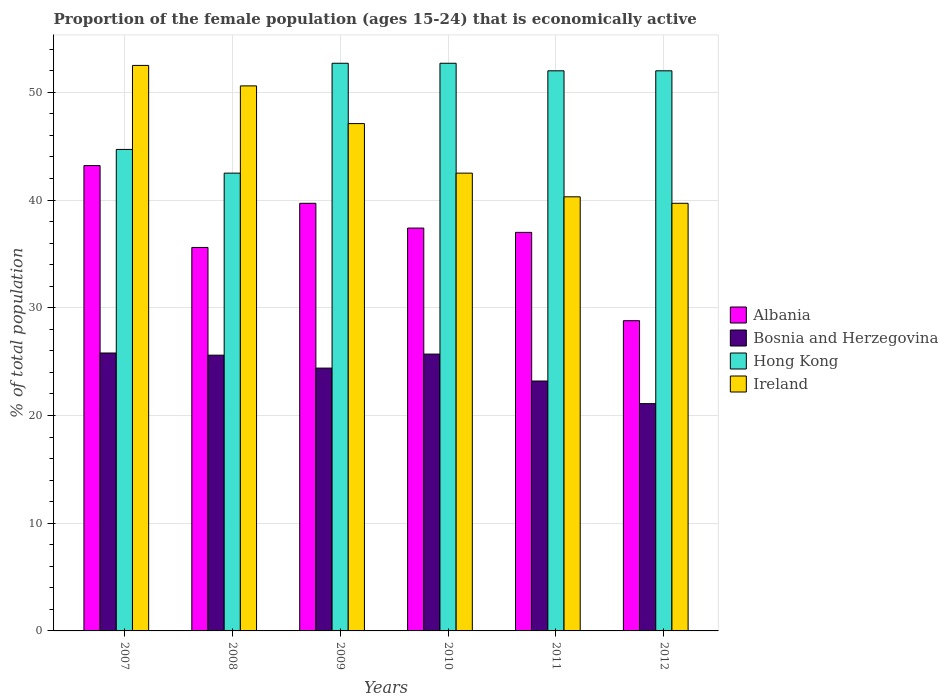
| Years | Albania | Bosnia and Herzegovina | Hong Kong | Ireland |
 | --- | --- | --- | --- | --- |
 | 2007 | 43.2 | 25.8 | 44.7 | 52.5 |
 | 2008 | 35.6 | 25.6 | 42.5 | 50.6 |
 | 2009 | 39.7 | 24.4 | 52.7 | 47.1 |
 | 2010 | 37.4 | 25.7 | 52.7 | 42.5 |
 | 2011 | 37 | 23.2 | 52 | 40.3 |
 | 2012 | 28.8 | 21.1 | 52 | 39.7 |